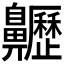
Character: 𪗁